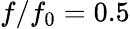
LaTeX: f/f_{0}=0.5